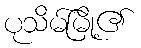
ပုသိမ်မြို့၏